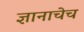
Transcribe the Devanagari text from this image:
ज्ञानाचेच